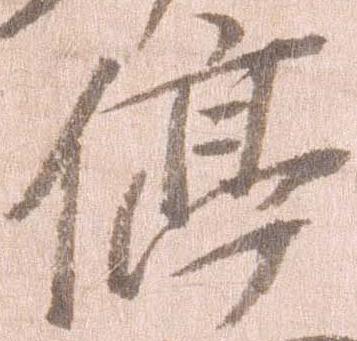
停